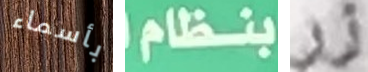
بأسماء بنظام زر